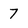
Character: 7